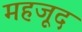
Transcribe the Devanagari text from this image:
महजूद